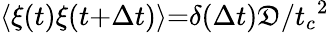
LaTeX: {\langle}\xi(t)\xi(t{+}{\Delta}t){\rangle}{=}{\delta}({\Delta}t)\mathfrak{D}/{t_{c}}^{2}